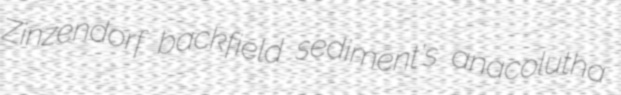
Zinzendorf backfield sediment's anacolutha